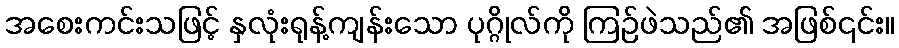
အစေးကင်းသဖြင့် နှလုံးရုန့်ကျန်းသော ပုဂ္ဂိုလ်ကို ကြဉ်ဖဲသည်၏ အဖြစ်၎င်း။